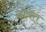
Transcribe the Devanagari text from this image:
नोयत्